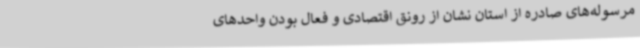
مرسوله‌های صادره از استان نشان از رونق اقتصادی و فعال بودن واحدهای